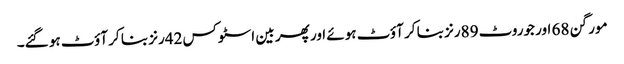
مورگن 68 اور جوروٹ 89رنز بنا کر آؤٹ ہوئے اور پھر بین اسٹوکس 42رنز بنا کر آؤٹ ہو گئے۔